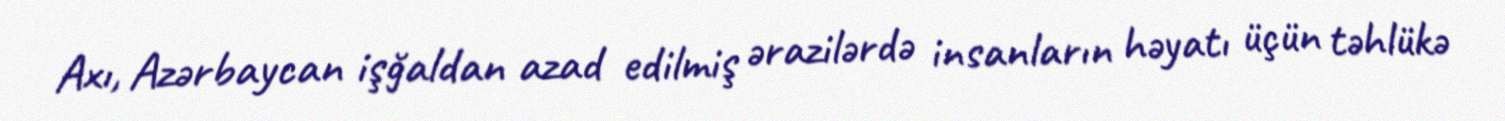
Axı, Azərbaycan işğaldan azad edilmiş ərazilərdə insanların həyatı üçün təhlükə